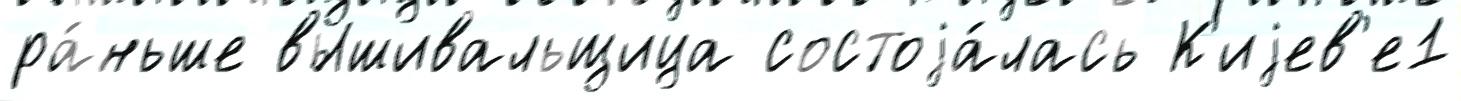
ра́ньше вышивальщица состоjа́лась К'иjев'е1